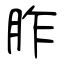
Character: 胙